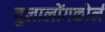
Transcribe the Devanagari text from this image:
चुलालोंगकोर्न